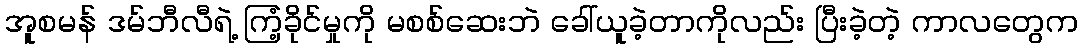
အူစမန် ဒမ်ဘီလီရဲ့ ကြံ့ခိုင်မှုကို မစစ်ဆေးဘဲ ခေါ်ယူခဲ့တာကိုလည်း ပြီးခဲ့တဲ့ ကာလတွေက